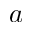
a